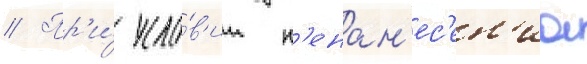
// Пр'и́ усло́в'ии н'енан'ес'ен'иа